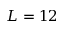
L = 1 2